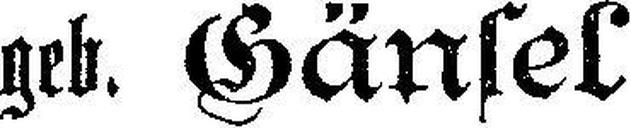
geb. Gänsel